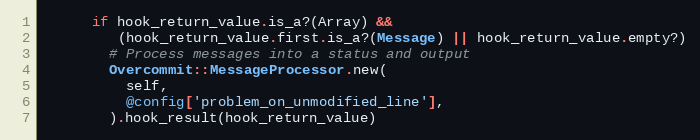
Language: Ruby
      if hook_return_value.is_a?(Array) &&
         (hook_return_value.first.is_a?(Message) || hook_return_value.empty?)
        # Process messages into a status and output
        Overcommit::MessageProcessor.new(
          self,
          @config['problem_on_unmodified_line'],
        ).hook_result(hook_return_value)